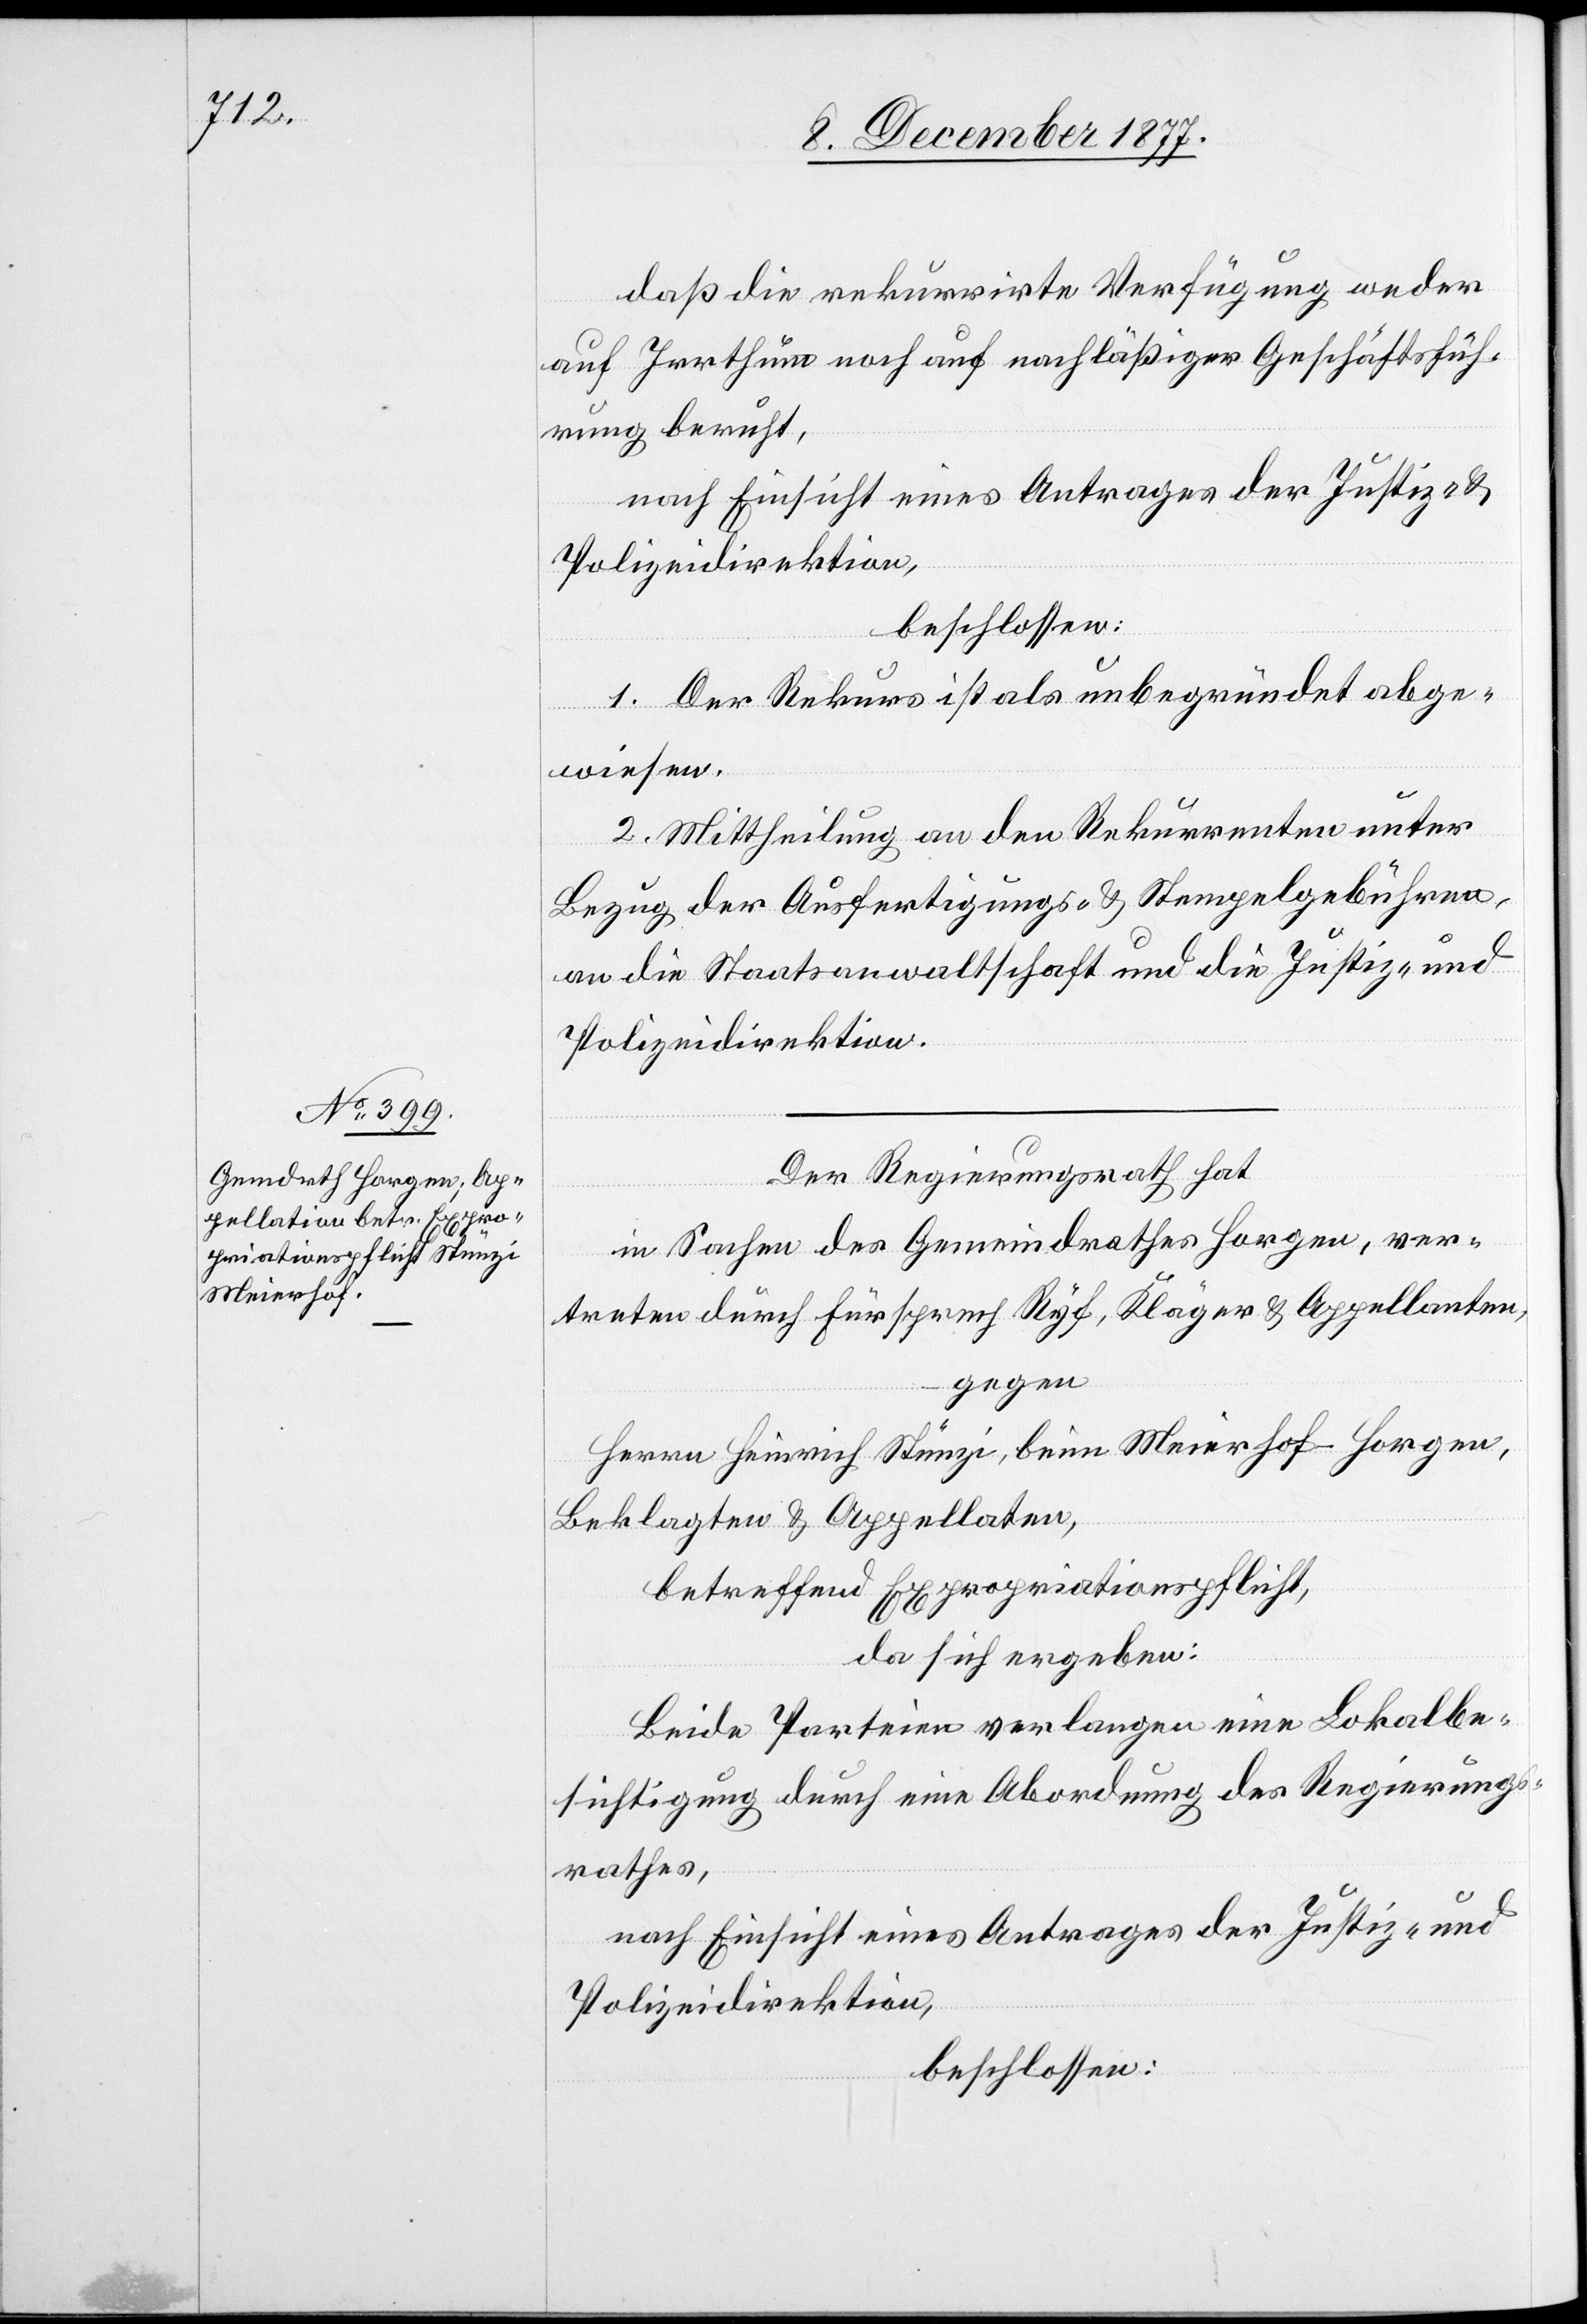
daß die rekurrirte Verfügung weder
auf Irrthum noch auf nachläßiger Geschäftsfüh¬
rung beruht,
nach Einsicht eines Antrages der Justiz- &
Polizeidirektion,
beschlossen:
1. Der Rekurs ist als unbegründet abge¬
wiesen.
2. Mittheilung an den Rekurrenten unter
Bezug der Ausfertigungs- & Stempelgebühren,
an die Staatsanwaltschaft und die Justiz- und
Polizeidirektion.
Der Regierungsrath hat
in Sachen des Gemeindrathes Horgen, ver¬
treten durch Fürsprech Ryf, Kläger & Appellanten,
gegen
Herrn Heinrich Stünzi, Beim Meierhof - Horgen,
Beklagten & Appellaten,
betreffend Expropriationspflicht,
da sich ergeben:
Beide Parteien verlangen eine Lokalbe¬
sichtigung durch eine Abordnung des Regierungs¬
rathes,
nach Einsicht eines Antrages der Justiz- und
Polizeidirektion,
beschlossen: